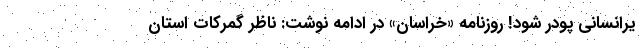
یرانسانی پودر شود! روزنامه «خراسان» در ادامه نوشت: ناظر گمرکات استان